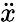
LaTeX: \ddot{x}